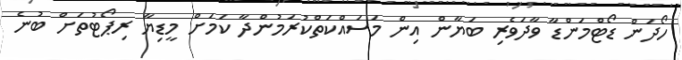
ހޯދަން ޑޯޓްމަންޑާ ވާދަވެރި ބަޔާން އިން މަސައްކަތްކުރަމުންދާ ކަމަށް މީޑިޔާ ރިޕޯޓުތަށް ބުނެ